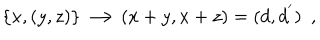
LaTeX: \{ x , ( y , z ) \} \longrightarrow ( x + y , x + z ) = ( d , d ^ { ' } ) \ \ ,